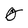
Character: 5